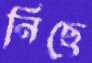
নিছে